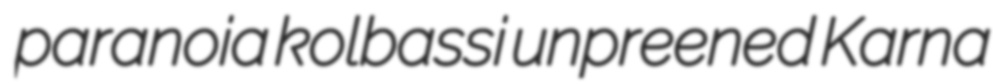
paranoia kolbassi unpreened Karna